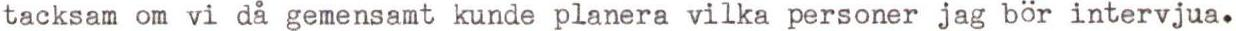
tacksam om vi då gemensamt kunde planera vilka personer jag bor intervjua.